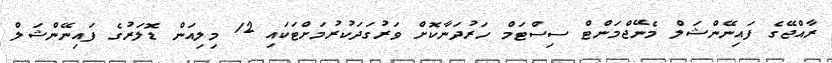
ރާއްޖޭގެ ފައިނޭންޝަލް މެނޭޖްމަންޓް ސިސްޓަމް ހަރުދަނާކޮށް ވަރުގަދަކުރުމަށްޓަކައި 12 މިލިއަން ޑޮލަރުގެ ފައިނޭންޝަލް